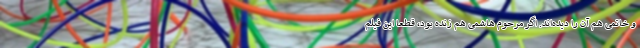
و خاتمی هم آن را دیده‌اند. اگر مرحوم هاشمی هم زنده بود، قطعا این فیلم